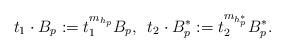
LaTeX: \begin{align*} t_1\cdot B_p:=t_1^{m_{h_p}} B_p, \,\ t_2\cdot B_p^*:=t_2^{m_{h_p^*}} B_p^*. \end{align*}